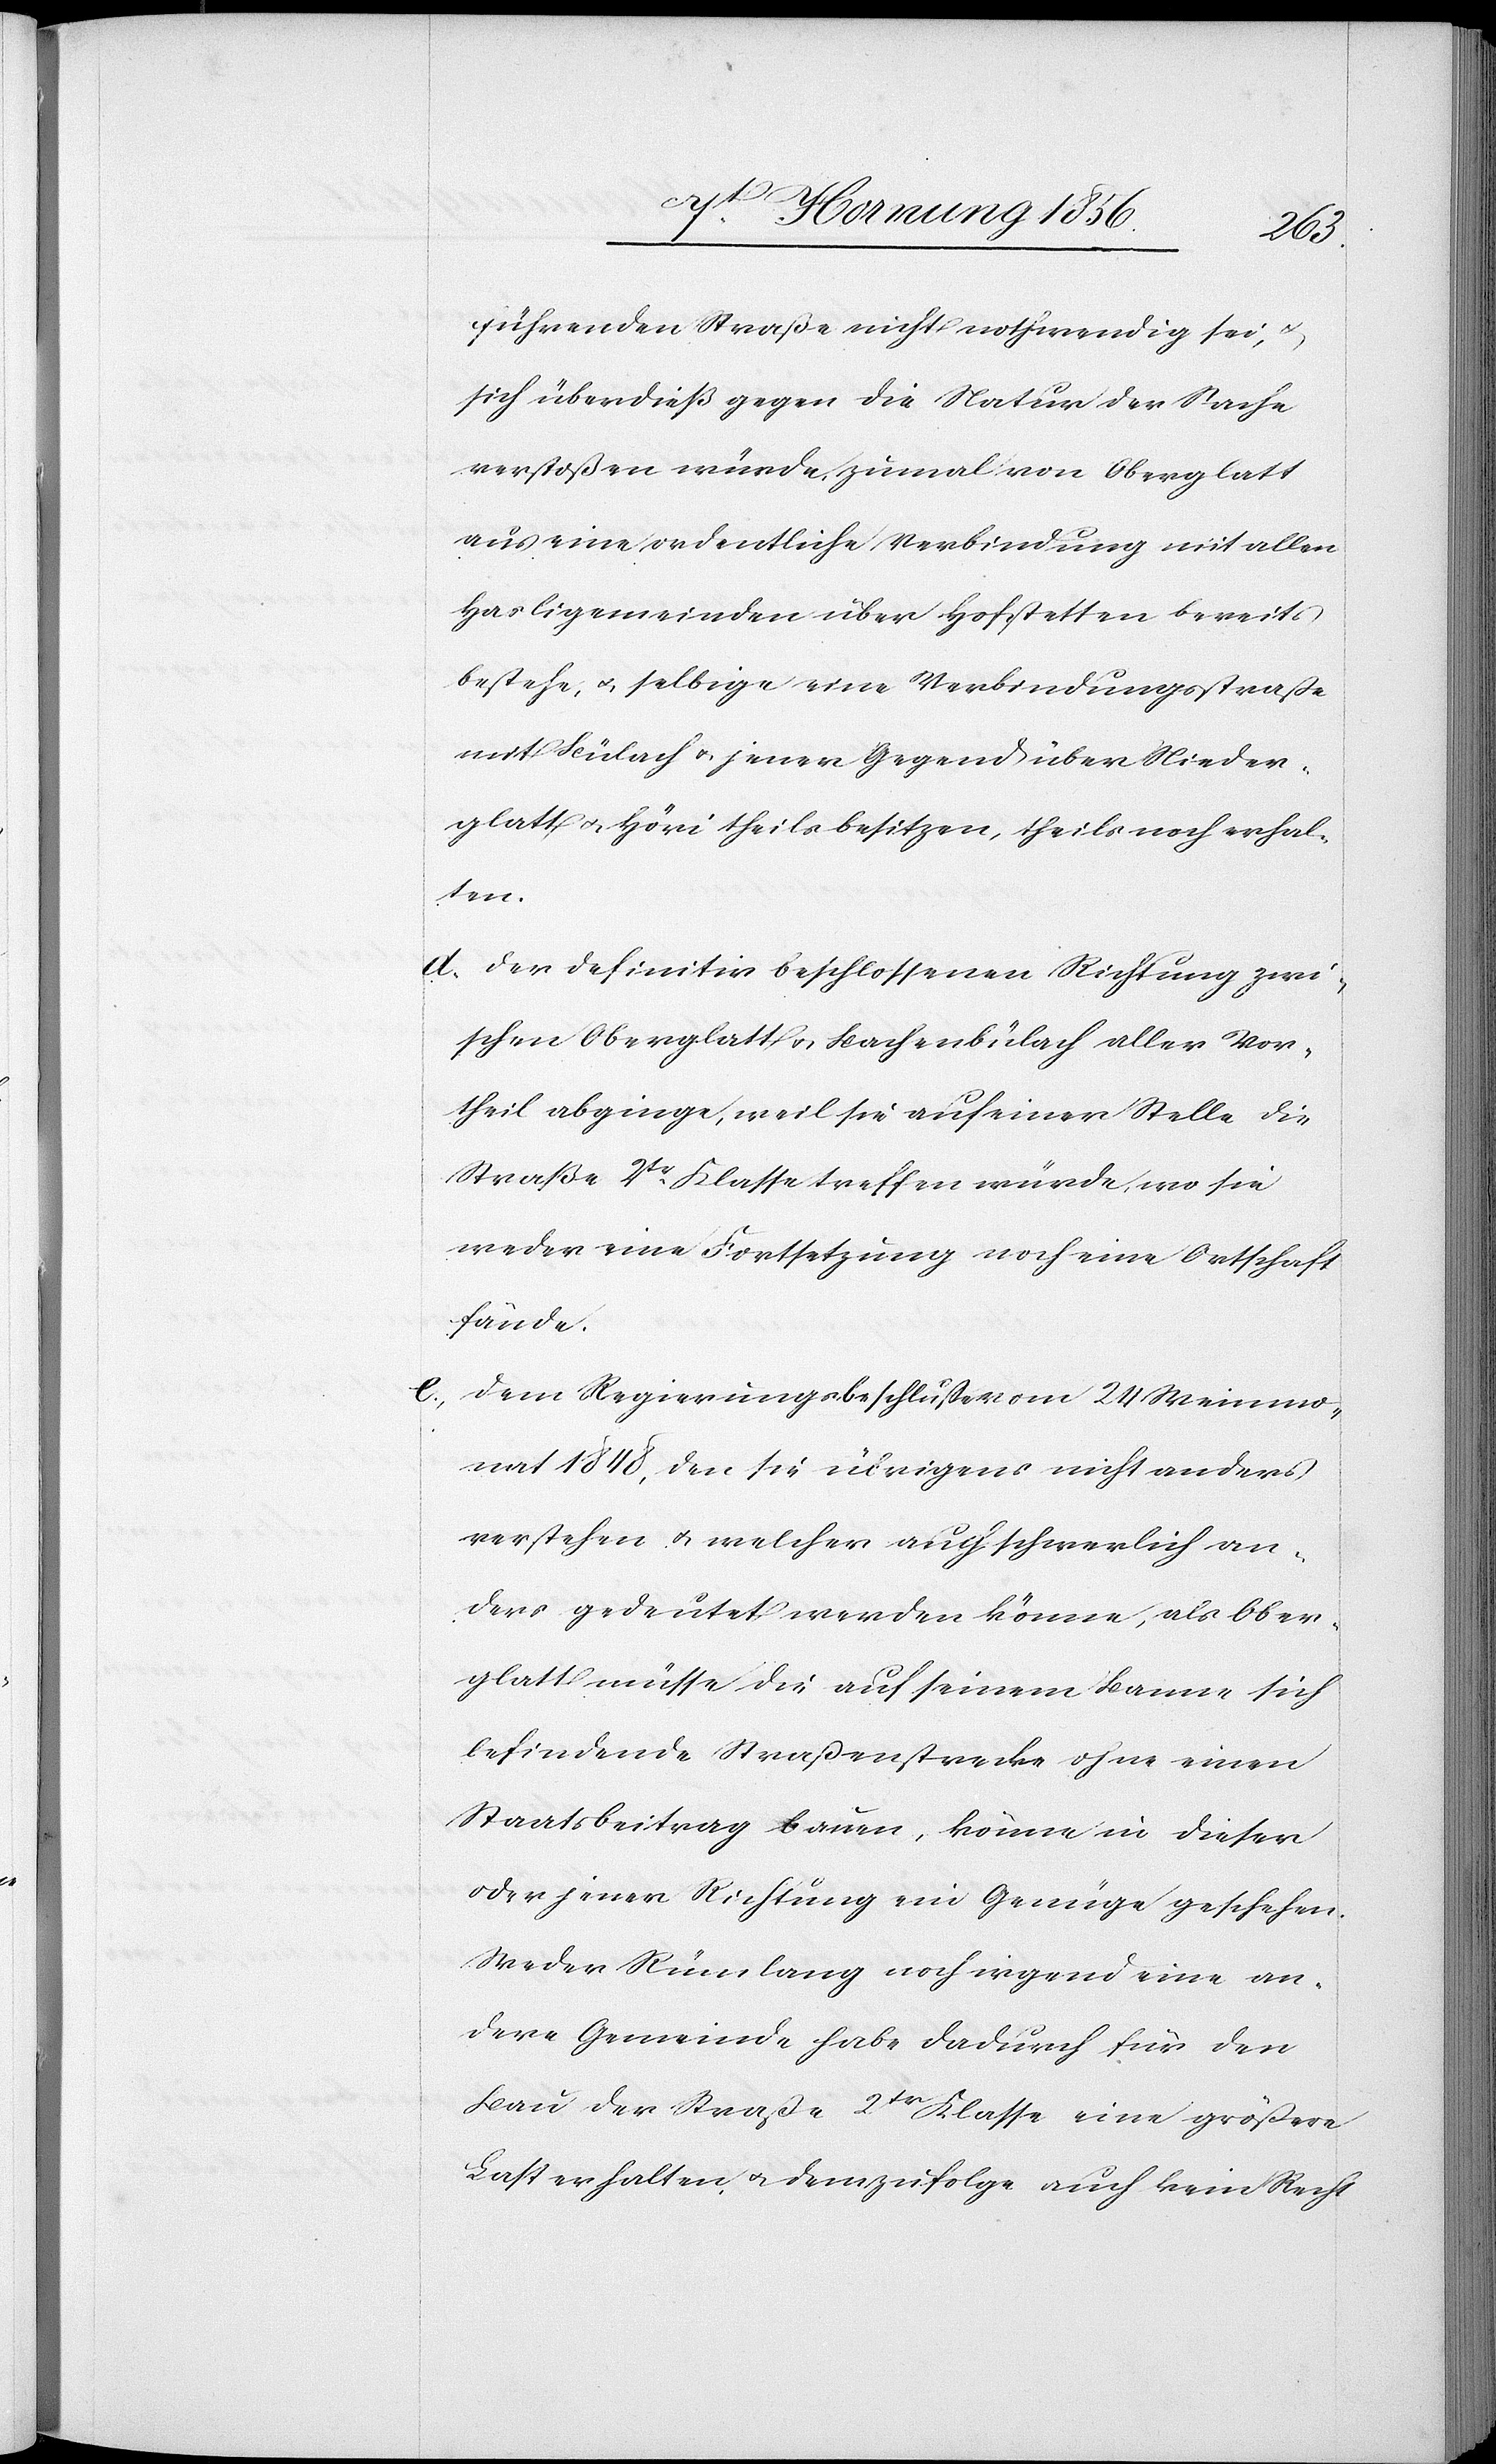
führenden Straße nicht nothwendig sei, u.
sich überdieß gegen die Natur der Sache
verstoßen würde, zumal von Oberglatt
aus eine ordentliche Verbindung mit allen
Hasligemeinden über Hofstetten bereits
bestehe, u. selbige eine Verbindungsstraße
mit Bülach u. jener Gegend über Nieder¬
glatt u. Höri theils besitzen, theils noch erhal¬
ten.
d. Der definitiv beschlossenen Richtung zwi¬
schen Oberglatt u. Bachenbülach aller Vor¬
theil abginge, weil sie auf einer Stelle die
Straße 2tr Klasse treffen würde, wo sie
weder eine Fortsetzung noch eine Ortschaft
fände.
e. Dem Regierungsbeschluße vom 24 Weinmo¬
nat 1848, den sie übrigens nicht anders
verstehen u. welcher auch schwerlich an¬
ders gedeutet werden könne, als Ober¬
glatt müsse die auf seinem Banne sich
befindende Straßenstrecke ohne einen
Staatsbeitrag bauen, könne in dieser
oder jener Richtung ein Genüge geschehen.
Weder Rümlang noch irgend eine an¬
dere Gemeinde habe dadurch für den
Bau der Straße 2tr Klasse eine größere
Last erhalten u. demzufolge auch kein Recht